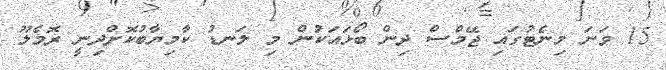
15 ވަނަ މިނެޓުގައި ޖޭމްސް ދިން ބޯޅައަކުން މި ލަނޑު ކާމިޔާބުކޮށްދިނީ ރޮމެލޫ